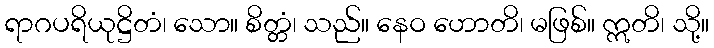
ရာဂပရိယုဋ္ဌိတံ၊ သော။ စိတ္တံ၊ သည်။ နေဝ ဟောတိ၊ မဖြစ်။ ဣတိ၊ သို့။